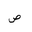
Letter: _sad